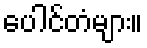
ပေါင်တံများ။